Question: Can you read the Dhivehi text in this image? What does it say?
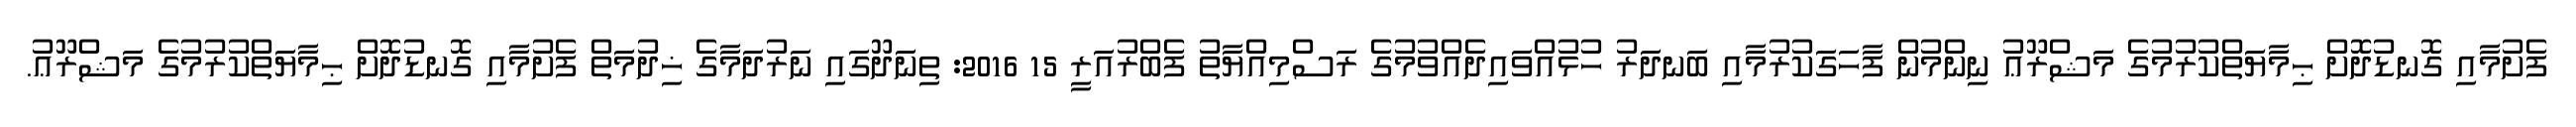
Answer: ފެށުމާއި ގޮނޑުދޮށް ޙިމާޔަތްކުރުމުގެ މަޝްރޫޢު ނިންމުން ފާހަގަކުރުމާއި ބަނދަރު ހުޅުއްވައިދެއްވުމުގެ ރަސްމިއްޔާތު ފެބްރުއަރީ 15 2016: ތިނަދޫގައި ނަރުދަމާގެ ޚިދުމަތް ފެށުމާއި ގޮނޑުދޮށް ޙިމާޔަތްކުރުމުގެ މަޝްރޫޢު.